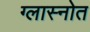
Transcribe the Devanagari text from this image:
ग्लास्नोत